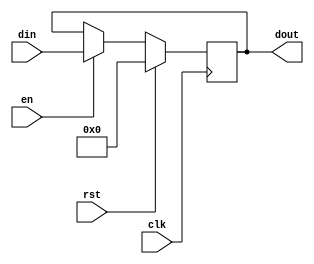
module register(
    input clk, rst, en,
    input [31:0] din, 
    output reg [31:0] dout
);
    initial dout = 32'b0;
	always @(posedge clk) begin
        if (rst) dout <= 0;
        else if (en) dout <= din;
        else dout <= dout;
	end
endmodule